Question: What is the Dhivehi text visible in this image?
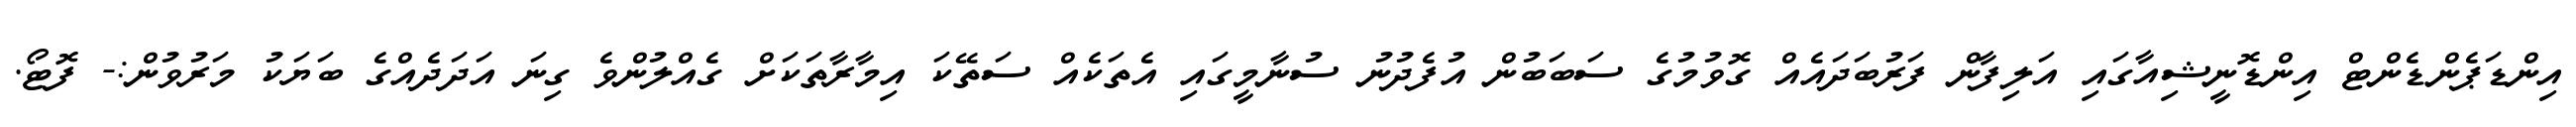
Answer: އިންޑަޕެންޑެންޓް އިންޑޮނީޝިއާގައި އަލިފާން ފަރުބަދައެއް ގޮވުމުގެ ސަބަބުން އުފެދުނު ސުނާމީގައި އެތަކެއް ސަތޭކަ އިމާރާތަކަށް ގެއްލުންވެ ގިނަ އަދަދެއްގެ ބަޔަކު މަރުވުން:- ފޮޓޯ.